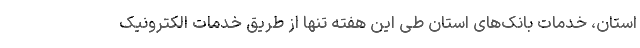
استان، خدمات بانک‌های استان طی این هفته تنها از طریق خدمات الکترونیک